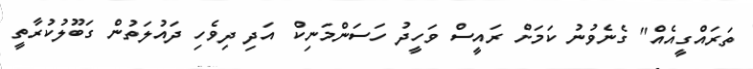
ތަރައްގީއެއް" ގެނެވުނު ކަމަށް ރައީސް ވަހީދު ހަސަންމަނިކް އަދި ދިވެހި ދައުލަތުން ގަބޫލުކުރާތީ